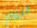
اليوم